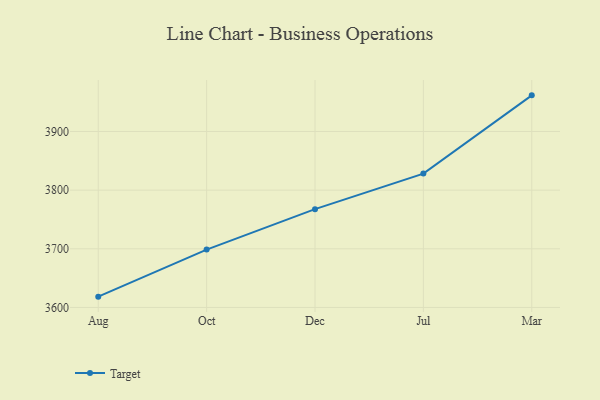
{"axis": {"x": "Month", "y": "Satisfaction Score"}, "legend": ["Target"], "data": [{"x": "Aug", "y": 3618.4, "type": "Target"}, {"x": "Oct", "y": 3698.6, "type": "Target"}, {"x": "Dec", "y": 3767.6, "type": "Target"}, {"x": "Jul", "y": 3828.2, "type": "Target"}, {"x": "Mar", "y": 3961.6, "type": "Target"}]}